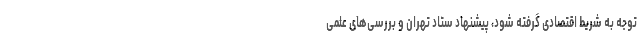
توجه به شریط اقتصادی گرفته شود، پیشنهاد ستاد تهران و بررسی‌های علمی